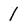
Character: I